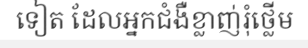
ទៀត ដែលអ្នកជំងឺខ្លាញ់រុំថ្លើម